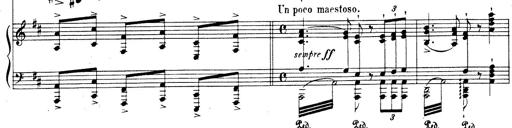
Title: Rhapsodie espagnole
Composer: Franz Liszt